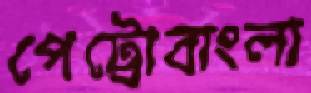
পেট্রোবাংলা